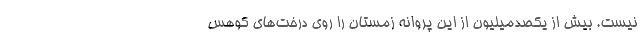
نیست. بیش از یکصدمیلیون از این پروانه زمستان را روی درخت‌های کوهس